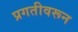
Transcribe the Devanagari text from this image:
प्रगतीवरून